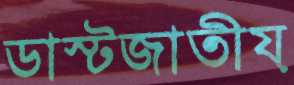
ডাস্টজাতীয়